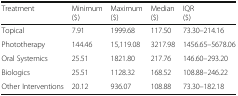
| Treatment | Minimum($) | Maximum($) | Median($) | IQR($) |
 | --- | --- | --- | --- | --- |
 | Topical | 7.91 | 1999.68 | 117.50 | 73.30–214.16 |
 | Phototherapy | 144.46 | 15,119.08 | 3217.98 | 1456.65–5678.06 |
 | Oral Systemics | 25.51 | 1821.80 | 217.76 | 146.60–293.20 |
 | Biologics | 25.51 | 1128.32 | 168.52 | 108.88–246.22 |
 | Other Interventions | 20.12 | 936.07 | 108.88 | 73.30–182.18 |